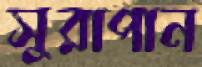
সুরাপান